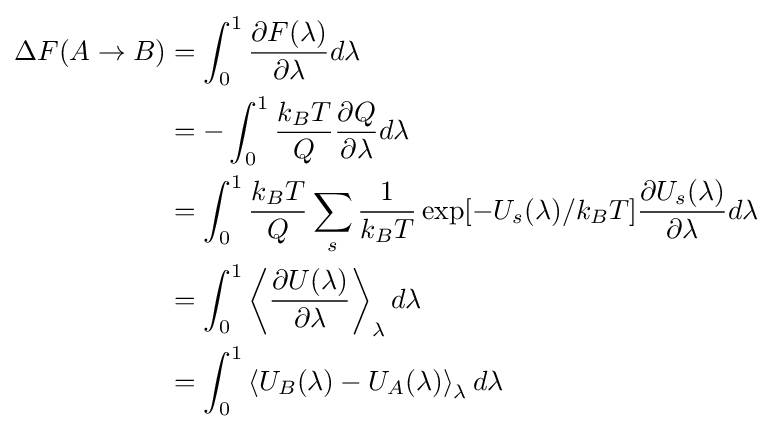
{\begin{aligned}\Delta F(A\rightarrow B)&=\int _{0}^{1}{\frac {\partial F(\lambda )}{\partial \lambda }}d\lambda \\&=-\int _{0}^{1}{\frac {k_{B}T}{Q}}{\frac {\partial Q}{\partial \lambda }}d\lambda \\&=\int _{0}^{1}{\frac {k_{B}T}{Q}}\sum _{s}{\frac {1}{k_{B}T}}\exp[-U_{s}(\lambda )/k_{B}T]{\frac {\partial U_{s}(\lambda )}{\partial \lambda }}d\lambda \\&=\int _{0}^{1}\left\langle {\frac {\partial U(\lambda )}{\partial \lambda }}\right\rangle _{\lambda }d\lambda \\&=\int _{0}^{1}\left\langle U_{B}(\lambda )-U_{A}(\lambda )\right\rangle _{\lambda }d\lambda \end{aligned}}